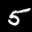
Label: 5